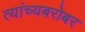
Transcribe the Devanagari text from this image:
त्यांच्यबरोबर